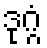
ဒုဂ္ဂံ